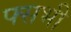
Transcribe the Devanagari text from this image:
फ्सभी